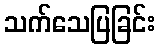
သက်သေပြခြင်း